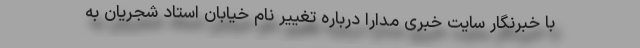
با خبرنگار سایت خبری مدارا درباره تغییر نام خیابان استاد شجریان به